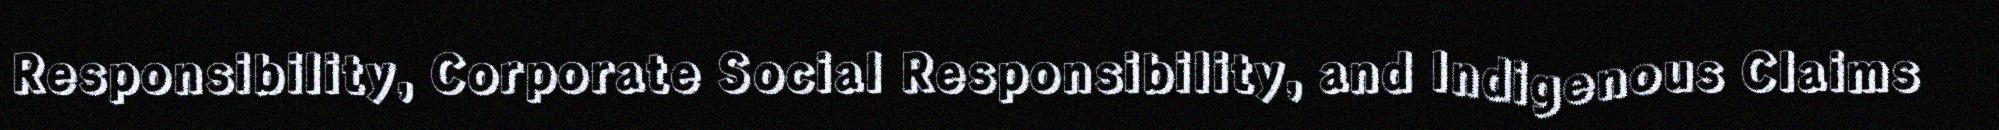
Responsibility, Corporate Social Responsibility, and Indigenous Claims